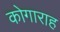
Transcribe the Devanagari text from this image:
कोगाराह